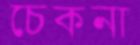
চেকনা